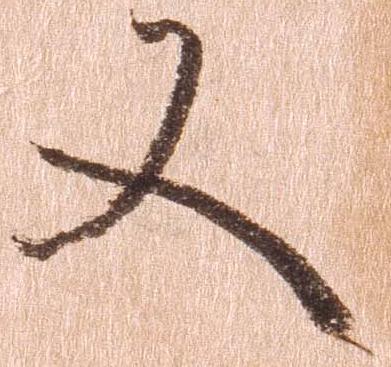
又